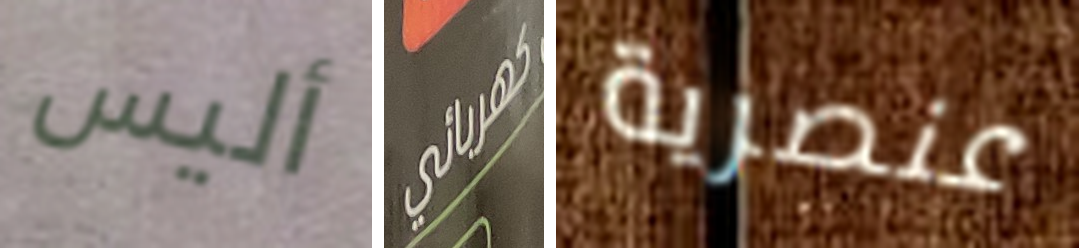
أليس كهربائي عنصرية